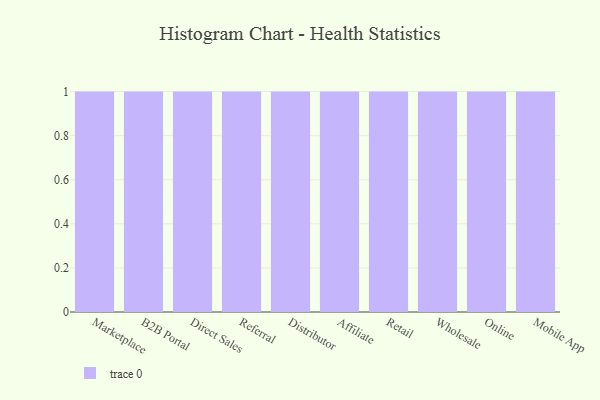
{"axis": {"x": "Channel", "y": "Market Share (%)"}, "legend": [""], "data": [{"x": "Marketplace", "y": 75, "type": ""}, {"x": "B2B Portal", "y": 14, "type": ""}, {"x": "Direct Sales", "y": 81, "type": ""}, {"x": "Referral", "y": 3, "type": ""}, {"x": "Distributor", "y": 68, "type": ""}, {"x": "Affiliate", "y": 67, "type": ""}, {"x": "Retail", "y": 8, "type": ""}, {"x": "Wholesale", "y": 18, "type": ""}, {"x": "Online", "y": 23, "type": ""}, {"x": "Mobile App", "y": 59, "type": ""}]}